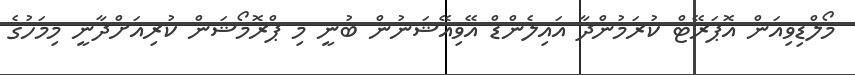
މޯލްޑިވިއަން އޮޕަރޭޓް ކުރަމުންދާ އައިލެންޑް އޭވިއޭޝަނުން ބުނީ މި ޕްރޮމޯޝަން ކުރިއަށްދާނީ މިމަހުގެ